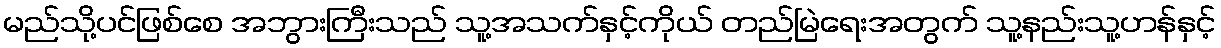
မည်သို့ပင်ဖြစ်စေ အဘွားကြီးသည် သူ့အသက်နှင့်ကိုယ် တည်မြဲရေးအတွက် သူ့နည်းသူ့ဟန်နှင့်